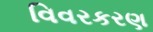
વિવરકરણ